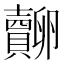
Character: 𧸷